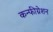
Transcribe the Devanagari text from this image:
कन्फीग्रेशन